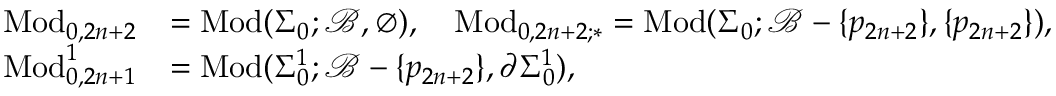
\begin{array} { r l } { \mathrm { M o d } _ { 0 , 2 n + 2 } } & { = \mathrm { M o d } ( \Sigma _ { 0 } ; \mathcal { B } , \emptyset ) , \quad \mathrm { M o d } _ { 0 , 2 n + 2 ; \ast } = \mathrm { M o d } ( \Sigma _ { 0 } ; \mathcal { B } - \{ p _ { 2 n + 2 } \} , \{ p _ { 2 n + 2 } \} ) , } \\ { \mathrm { M o d } _ { 0 , 2 n + 1 } ^ { 1 } } & { = \mathrm { M o d } ( \Sigma _ { 0 } ^ { 1 } ; \mathcal { B } - \{ p _ { 2 n + 2 } \} , \partial \Sigma _ { 0 } ^ { 1 } ) , } \end{array}